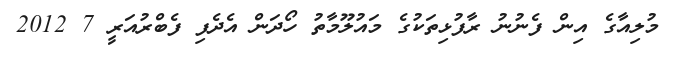
މުލިއާގެ އިން ފެނުނު ރާފުޅިތަކުގެ މައުލޫމާތު ހޯދަން އެދެފި ފެބްރުއަރީ 7 2012